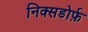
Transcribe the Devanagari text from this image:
निक्सडोर्फ़